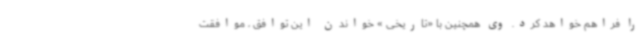
را فراهم خواهد کرد. وی همچنین با «تاریخی » خواندن این توافق ، موافقت